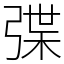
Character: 弽